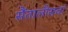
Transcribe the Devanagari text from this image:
सैंतालीसवां